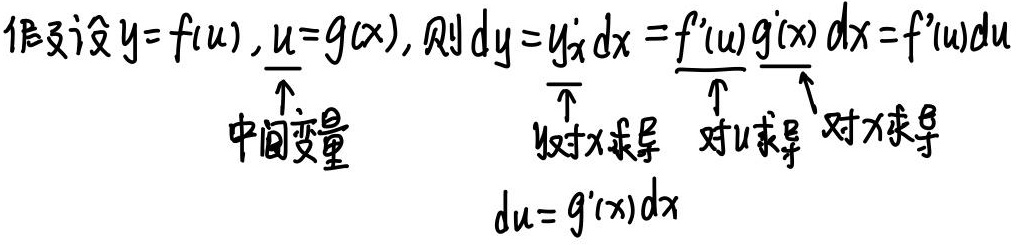
假设$y = f(u), u = g(x)$, 则$dy = y_{x}'dx = f'(u)g'(x)dx = f'(u)du$
$\overset{\uparrow}{\text{中间变量}}$ $\overset{\uparrow}{y对x求导}$ $\overset{\uparrow}{对u求导}$ $\overset{\uparrow}{对x求导}$
$du = g'(x)dx$